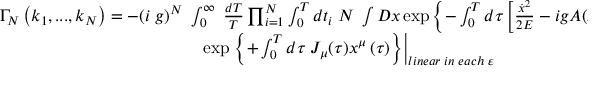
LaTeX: \begin{array} { c } { { \Gamma _ { N } \left( k _ { 1 } , . . . , k _ { N } \right) = - ( i \; g ) ^ { N } \; \int _ { 0 } ^ { \infty } \; \frac { d T } T \prod _ { i = 1 } ^ { N } \int _ { 0 } ^ { T } d t _ { i } \; { \cal N \; } \int { \cal D } x \exp \left\{ - \int _ { 0 } ^ { T } d \tau \left[ \frac { \dot { x } ^ { 2 } } { 2 { \cal E } } - i g A ( x ) \cdot \dot { x } - m ^ { 2 } \right] \right\} \times } } \\ { { \exp \left. \left\{ + \int _ { 0 } ^ { T } d \tau \; J _ { \mu } ( \tau ) x ^ { \mu } \left( \tau \right) \right\} \right| _ { l i n e a r \; i n \; e a c h \; \varepsilon } } } \end{array}